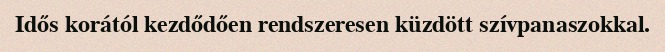
Idős korától kezdődően rendszeresen küzdött szívpanaszokkal.